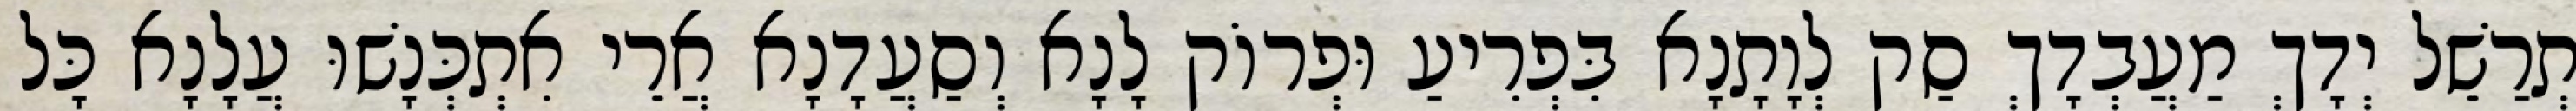
תְרַשֵׁל יְדָךְ מַעֲבְדָךְ סַק לְוָתָנָא בִּפְרִיעַ וּפְרוֹק לָנָא וְסַעֲדָנָא אֲרֵי אִתְכְּנָשׁוּ עֲלָנָא כָּל